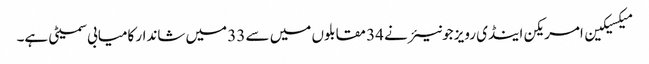
میکسیکین امریکن اینڈی رویز جونیئر نے 34 مقابلوں میں سے 33 میں شاندار کامیابی سمیٹی ہے۔